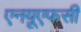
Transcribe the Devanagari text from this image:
एनय़ूएफसी